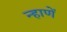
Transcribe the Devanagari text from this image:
न्हाणें